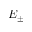
E _ { \pm }